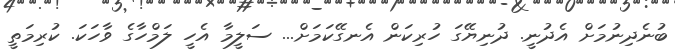
ބުނެދިނުމަށް އެދުނީ. ދުނިޔޭގަ ހުރިކަން އެނގޭކަމަށް... ސަލީމާ އެހީ ލަމްހާގެ ވާހަކަ. ކުރިމަތީ